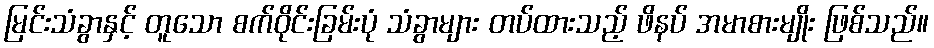
မြင်းသံခွာနှင့် တူသော စက်ဝိုင်းခြမ်းပုံ သံခွာများ တပ်ထားသည့် ဖိနပ် အမာစားမျိုး ဖြစ်သည်။